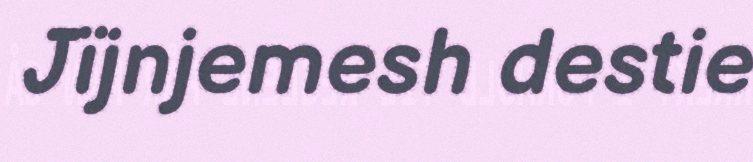
Jïjnjemesh destie